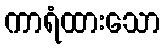
ကာရံထားသော